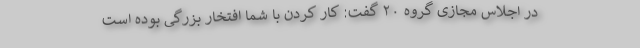
در اجلاس مجازی گروه ۲۰ گفت: کار کردن با شما افتخار بزرگی بوده است